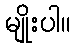
မျိုးပါ။